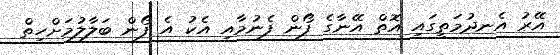
އޭރު އެނދުމަތީގައި އޮތް އޭނާގެ ފޯން ފެނުމާއި އެކު އެ ފޯން ބަލާލުމަށްހިތް